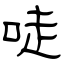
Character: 唗